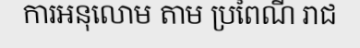
ការអនុលោម តាម ប្រពៃណី រាជ